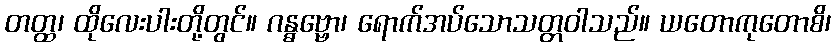
တတ္ထ၊ ထိုလေးပါးတို့တွင်။ ဂန္ဓဗ္ဗော၊ ရောက်အပ်သောသတ္တဝါသည်။ ယတောကုတောစိ၊